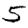
Digit: 5